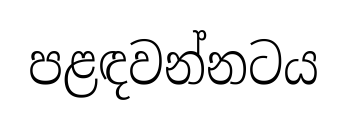
පළඳවන්නටය